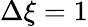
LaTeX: \Delta\xi=1